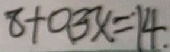
8 + 0 . 3 x = 1 4 .